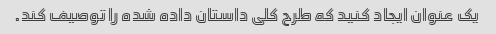
یک عنوان ایجاد کنید که طرح کلی داستان داده شده را توصیف کند.